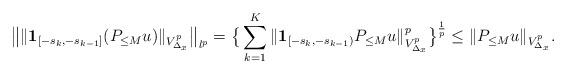
LaTeX: \begin{align*}\big\| \|\textbf{1}_{[-s_k,-s_{k-1}]} (P_{\leq M}u)\|_{V^p_{\Delta_x}} \big\|_{l^{p}}=\big\{ \sum_{k=1}^{K} \|\mathbf{1}_{[-s_k,-s_{k-1})} P_{\leq M} u\|^{p}_{V^p_{\Delta_x}} \big\}^{\frac{1}{p}} \leq \|P_{\leq M} u\|_{V^p_{\Delta_x}}. \end{align*}